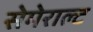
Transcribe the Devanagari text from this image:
सेमेराल्ट